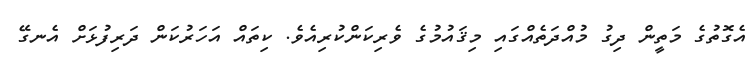
އެގޮތުގެ މަތީން ދިގު މުއްދަތެއްގައި މިޤައުމުގެ ވެރިކަންކުރިއެވެ. ކިތައް އަހަރުކަން ދަރިފުޅަށް އެނގޭ